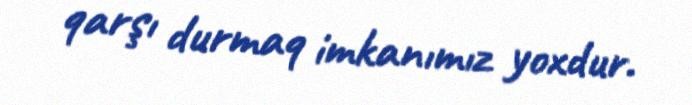
qarşı durmaq imkanımız yoxdur.